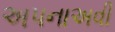
અપનાઅવી